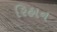
રિહાન